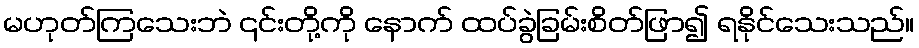
မဟုတ်ကြသေးဘဲ ၎င်းတို့ကို နောက် ထပ်ခွဲခြမ်းစိတ်ဖြာ၍ ရနိုင်သေးသည်။